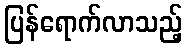
ပြန်ရောက်လာသည့်